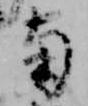
南